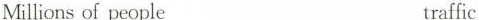
Millions of people___ ___traffic